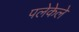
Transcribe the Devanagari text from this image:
पलेकेले